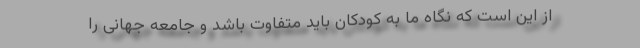
از این است که نگاه ما به کودکان باید متفاوت باشد و جامعه جهانی را